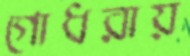
গোধরায়